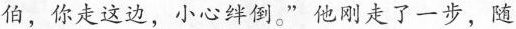
伯，你走这边，小心绊倒。”他刚走了一步，随